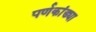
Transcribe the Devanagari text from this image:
पर्णकांड्या